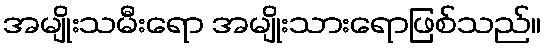
အမျိုးသမီးရော အမျိုးသားရောဖြစ်သည်။